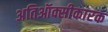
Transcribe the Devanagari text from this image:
अतिऑक्सीकारक